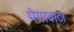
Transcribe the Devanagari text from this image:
मेगावाट।